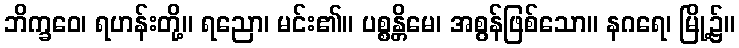
ဘိက္ခဝေ၊ ရဟန်းတို့။ ရညော၊ မင်း၏။ ပစ္စန္တိမေ၊ အစွန်ဖြစ်သော။ နဂရေ၊ မြို့၌။